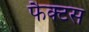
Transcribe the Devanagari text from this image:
फैक्टस